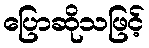
ပြောဆိုသဖြင့်